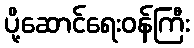
ပို့ဆောင်ရေးဝန်ကြီး